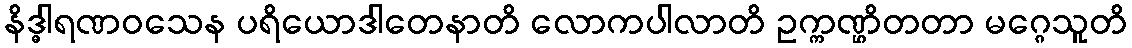
နိဒ္ဓါရဏဝသေန ပရိယောဒါတေနာတိ လောကပါလာတိ ဥက္ကဏ္ဌိတတာ မဂ္ဂေသူတိ